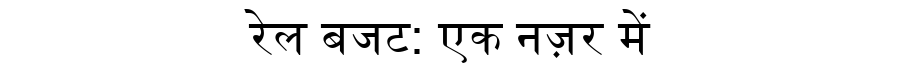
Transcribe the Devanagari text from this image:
रेल बजट: एक नज़र में